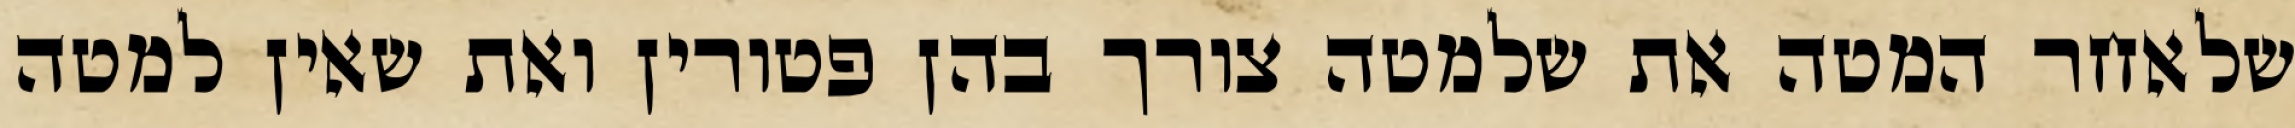
שלאחר המטה את שלמטה צורך בהן פטורין ואת שאין למטה